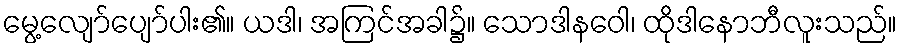
မွေ့လျော်ပျော်ပါး၏။ ယဒါ၊ အကြင်အခါ၌။ သောဒါနဝေါ၊ ထိုဒါနောဘီလူးသည်။